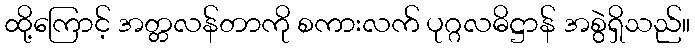
ထို့ကြောင့် အတ္တလန်တာကို စကားလက် ပုဂ္ဂလဓိဋ္ဌာန် အစွဲရှိသည်။